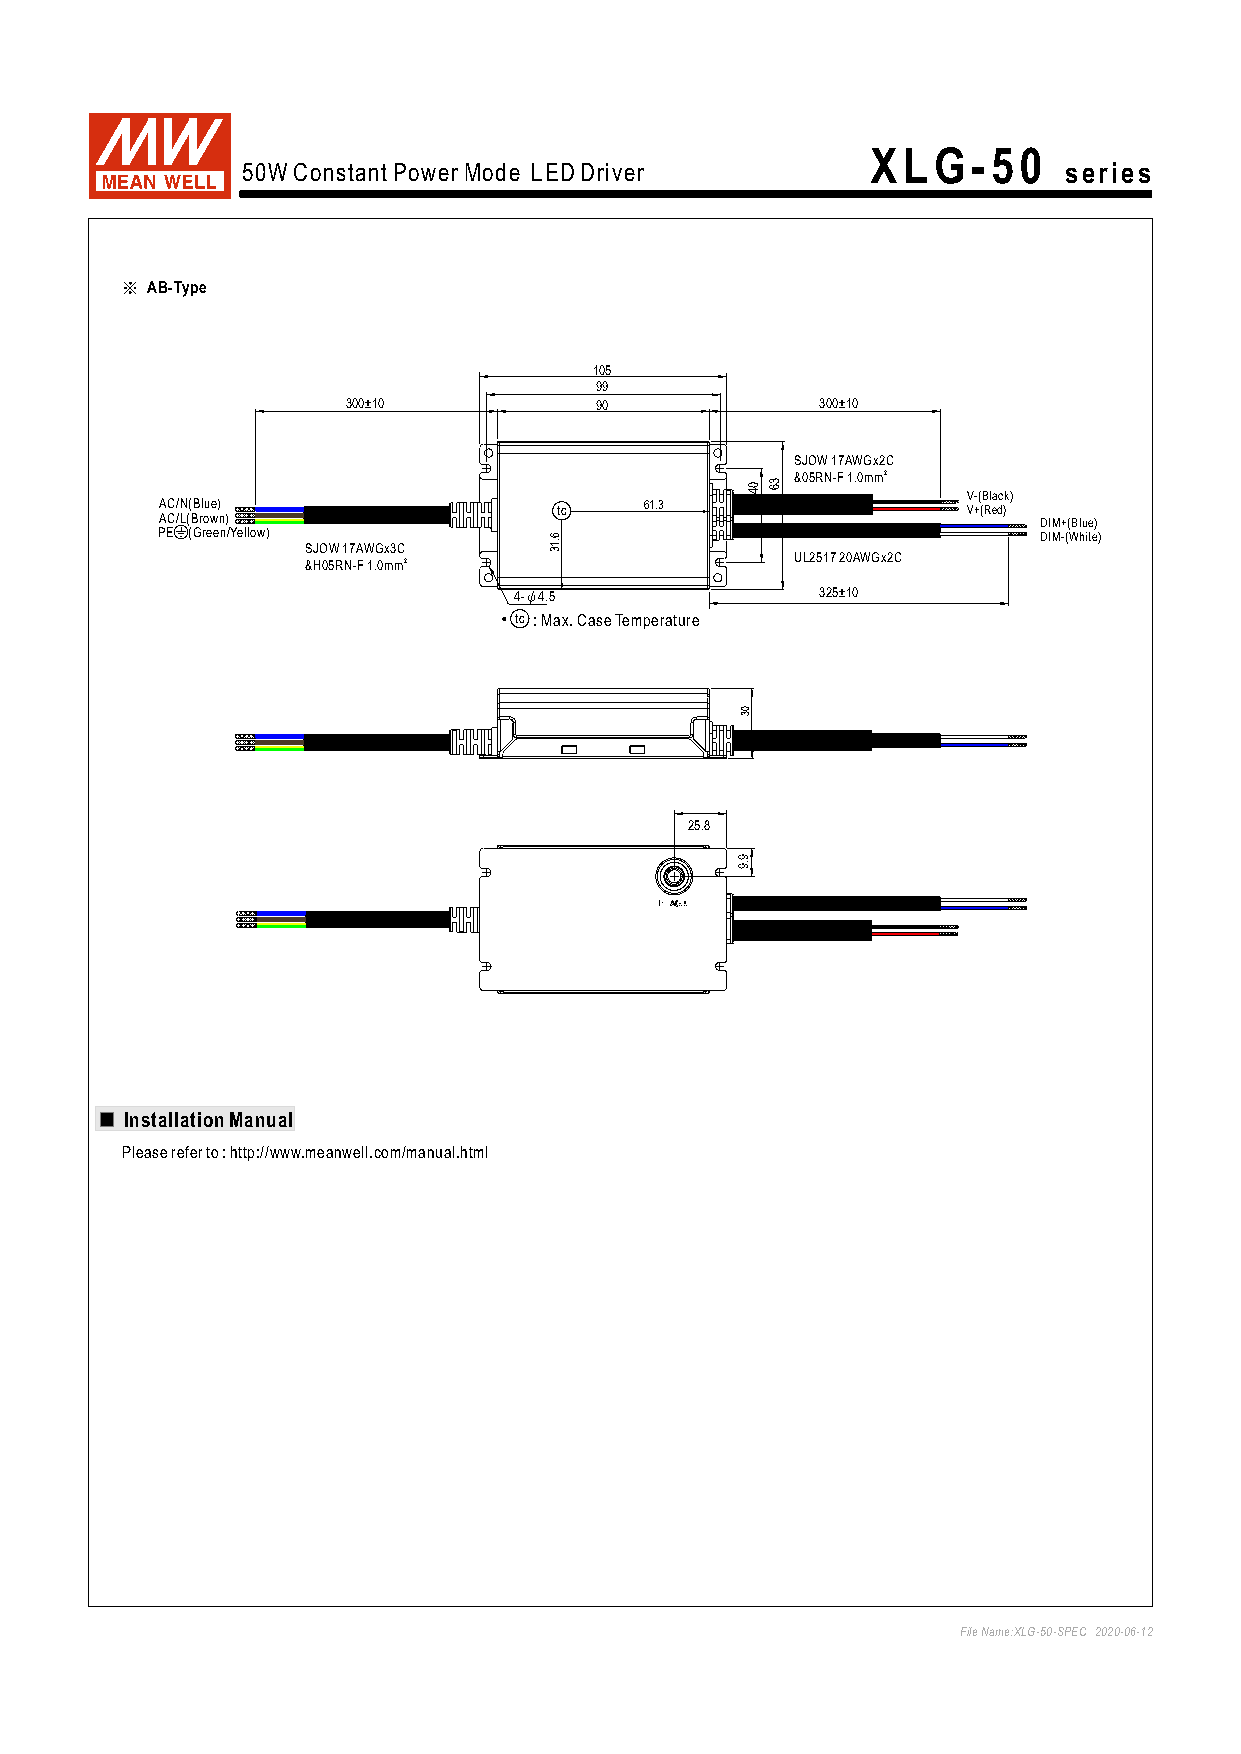
XLG-50
 series
 50W Constant Power Mode LED Driver
 ※ AB-Type
 105
 99
 300±10          90             300±10
 SJOW 17AWGx2C
 &05RN-F 1.0mm2
 V-(Black)
 AC/N(Blue)                tc    61.3                 V+(Red)
 AC/L(Brown)                                               DIM+(Blue)
 PE (Green/Yellow)                                          DIM-(White)
 SJOW 17AWGx3C
 &H05RN-F 1.0mm2                  UL2517 20AWGx2C
 4-ψ4.5              325±10
 ‧ t c : Max. Case Temperature
 25.8
 Installation Manual
 Please refer to : http://www.meanwell.com/manual.html
 File Name:XLG-50-SPEC 2020-06-12
 6.13
 03
 9.9
 04 36